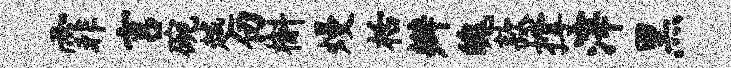
霏言碗越仞槲熳栝辫魄款撑滓黑